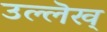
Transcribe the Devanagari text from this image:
उल्लॆख्